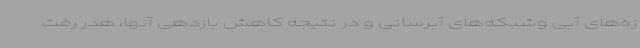
زه‌های آبی وشبکه‌های آبرسانی و در نتیجه کاهش بازدهی آنها، هدر رفت